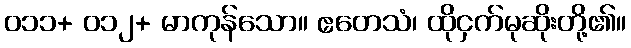
၀၁၁+ ၀၁၂+ မာကုန်သော။ ဧတေသံ၊ ထိုငှက်မုဆိုးတို့၏။